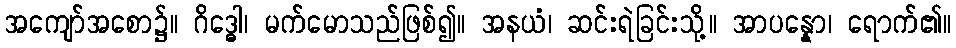
အကျော်အစော၌။ ဂိဒ္ဓေါ၊ မက်မောသည်ဖြစ်၍။ အနယံ၊ ဆင်းရဲခြင်းသို့။ အာပန္နော၊ ရောက်၏။